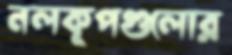
নলকূপগুলোর